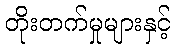
တိုးတက်မှုများနှင့်